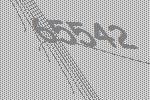
65542